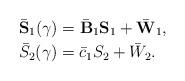
LaTeX: \begin{align*}&\bar{\mathbf{S}}_1(\gamma)= \bar{\mathbf{B}}_1\mathbf{S}_1+\bar{\mathbf{W}}_1,\\&\bar{S}_2(\gamma)=\bar{c}_1S_2+\bar{W}_2.\end{align*}